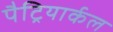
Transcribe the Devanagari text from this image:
पैट्रियार्कल